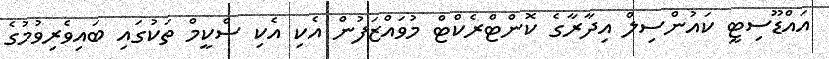
އައްޑޫސިޓީ ކައުންސިލް އިދާރާގެ ކޮންޓްރެކްޓް މުވައްޒަފުން އެކި އެކި ސްކީމް ތަކުގައި ބައިވެރިވުމުގެ